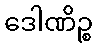
ဒေါဏိဉ္စ